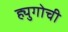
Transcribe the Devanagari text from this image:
ह्युगोची